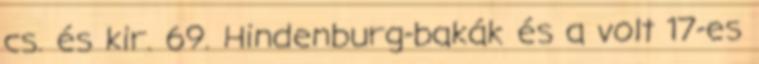
cs. és kir. 69. Hindenburg-bakák és a volt 17-es